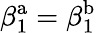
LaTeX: \beta_{1}^{\mathrm{a}}=\beta_{1}^{\mathrm{b}}